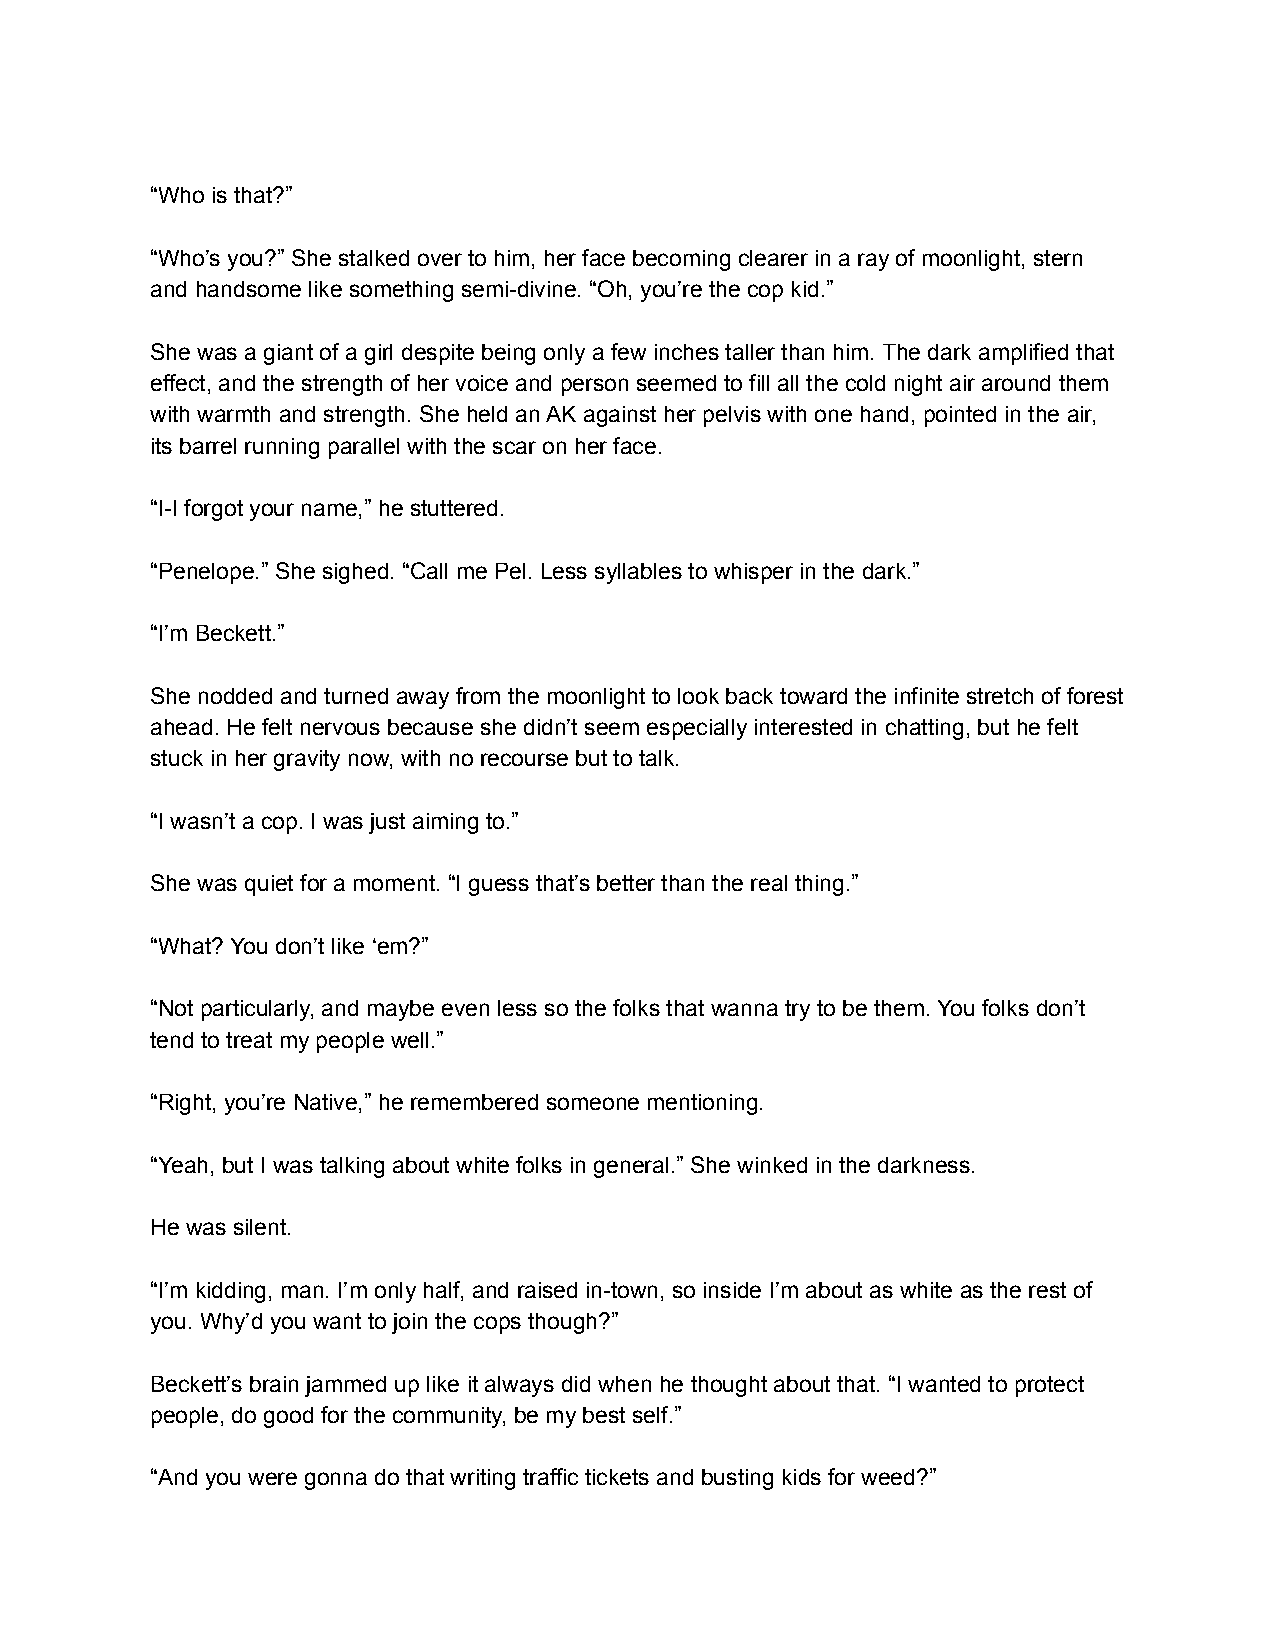
“Who is that?”
 “Who’s you?” She stalked over to him, her face becoming clearer in a ray of moonlight, stern
 and handsome like something semi-divine. “Oh, you’re the cop kid.”
 She was a giant of a girl despite being only a few inches taller than him. The dark amplified that
 effect, and the strength of her voice and person seemed to fill all the cold night air around them
 with warmth and strength. She held an AK against her pelvis with one hand, pointed in the air,
 its barrel running parallel with the scar on her face.
 “I-I forgot your name,” he stuttered.
 “Penelope.” She sighed. “Call me Pel. Less syllables to whisper in the dark.”
 “I’m Beckett.”
 She nodded and turned away from the moonlight to look back toward the infinite stretch of forest
 ahead. He felt nervous because she didn’t seem especially interested in chatting, but he felt
 stuck in her gravity now, with no recourse but to talk.
 “I wasn’t a cop. I was just aiming to.”
 She was quiet for a moment. “I guess that’s better than the real thing.”
 “What? You don’t like ‘em?”
 “Not particularly, and maybe even less so the folks that wanna try to be them. You folks don’t
 tend to treat my people well.”
 “Right, you’re Native,” he remembered someone mentioning.
 “Yeah, but I was talking about white folks in general.” She winked in the darkness.
 He was silent.
 “I’m kidding, man. I’m only half, and raised in-town, so inside I’m about as white as the rest of
 you. Why’d you want to join the cops though?”
 Beckett’s brain jammed up like it always did when he thought about that. “I wanted to protect
 people, do good for the community, be my best self.”
 “And you were gonna do that writing traffic tickets and busting kids for weed?”